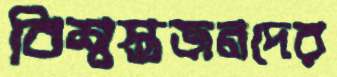
বিশ্বস্তজনদের